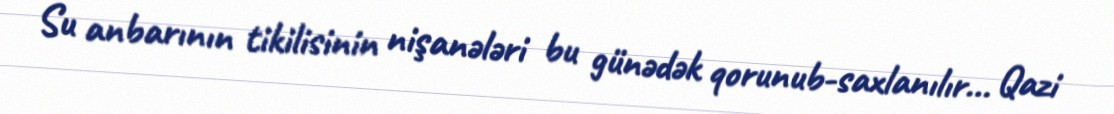
Su anbarının tikilisinin nişanələri bu günədək qorunub-saxlanılır... Qazi